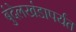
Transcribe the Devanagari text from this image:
बुंदेलखंडापर्यंत